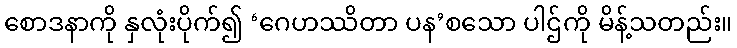
စောဒနာကို နှလုံးပိုက်၍ ‘ဂေဟဿိတာ ပန’စသော ပါဌ်ကို မိန့်သတည်း။